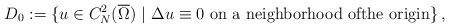
LaTeX: \begin{align*}{D}_0 := \lbrace u \in C^2_N(\overline{\Omega}) ~\vert~ \Delta u \equiv 0 \text{ on a neighborhood ofthe origin}\rbrace~\!,\end{align*}